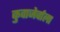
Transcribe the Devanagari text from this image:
कुवाजेर्वाला